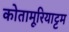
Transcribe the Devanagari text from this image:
कोतामूरियाट्टम